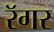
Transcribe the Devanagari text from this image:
रॅगर